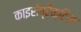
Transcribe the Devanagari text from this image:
काइरोप्रैक्टिस